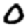
Digit: 0